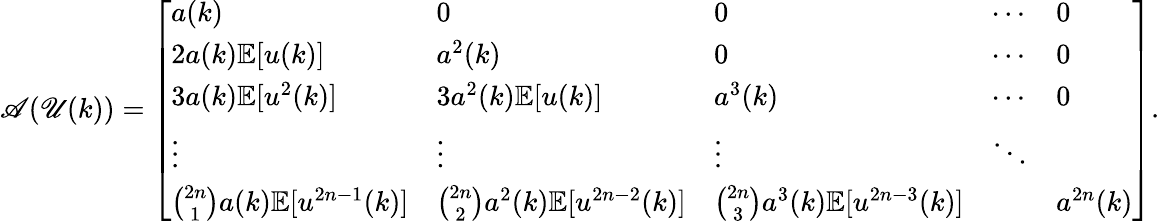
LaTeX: \mathscr{A}(\mathscr{U}(k))=\left[\begin{array}{lllll}{a(k)}&{0}&{0}&{\cdots}&{0}\\ {2a(k)\mathbb{E}[u(k)]}&{a^{2}(k)}&{0}&{\cdots}&{0}\\ {3a(k)\mathbb{E}[u^{2}(k)]}&{3a^{2}(k)\mathbb{E}[u(k)]}&{a^{3}(k)}&{\cdots}&{0}\\ {\vdots}&{\vdots}&{\vdots}&{\ddots}\\ {\binom{2n}{1}a(k)\mathbb{E}[u^{2n-1}(k)]}&{\binom{2n}{2}a^{2}(k)\mathbb{E}[u^{2n-2}(k)]}&{\binom{2n}{3}a^{3}(k)\mathbb{E}[u^{2n-3}(k)]}&&{a^{2n}(k)}\end{array}\right].